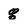
Character: 8